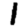
Digit: 1